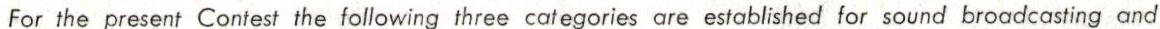
For the present Contest the following three categories are established for sound broadcasting and